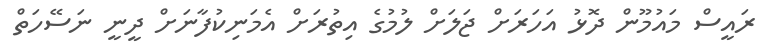
ރައީސް މައުމޫން ދޮޅު އަހަރަށް ޖަލަށް ލުމުގެ އިތުރަށް އެމަނިކުފާނަށް ދީނީ ނަސޭހަތް